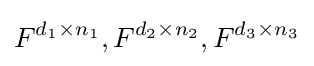
F^{d_{1}\times n_{1}},F^{d_{2}\times n_{2}},F^{d_{3}\times n_{3}}